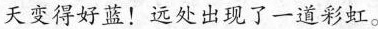
天变得好蓝！远处出现了一道彩虹。